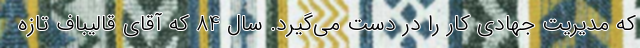
که مدیریت جهادی کار را در دست می‌گیرد. سال 84 که آقای قالیباف تازه